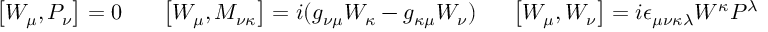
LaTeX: \left[ W _ { \mu } , P _ { \nu } \right] = 0 \, \, \, \, \, \, \, \, \, \, \left[ W _ { \mu } , M _ { \nu \kappa } \right] = i ( g _ { \nu \mu } W _ { \kappa } - g _ { \kappa \mu } W _ { \nu } ) \, \, \, \, \, \, \, \, \, \left[ W _ { \mu } , W _ { \nu } \right] = i \epsilon _ { \mu \nu \kappa \lambda } W ^ { \kappa } P ^ { \lambda }